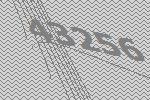
43256